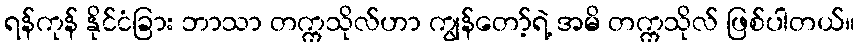
ရန်ကုန် နိုင်ငံခြား ဘာသာ တက္ကသိုလ်ဟာ ကျွန်တော့်ရဲ့ အမိ တက္ကသိုလ် ဖြစ်ပါတယ်။